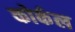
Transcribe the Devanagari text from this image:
कोर्कल